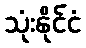
သုံးနိုင်ငံ